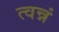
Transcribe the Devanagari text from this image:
त्वन्नं